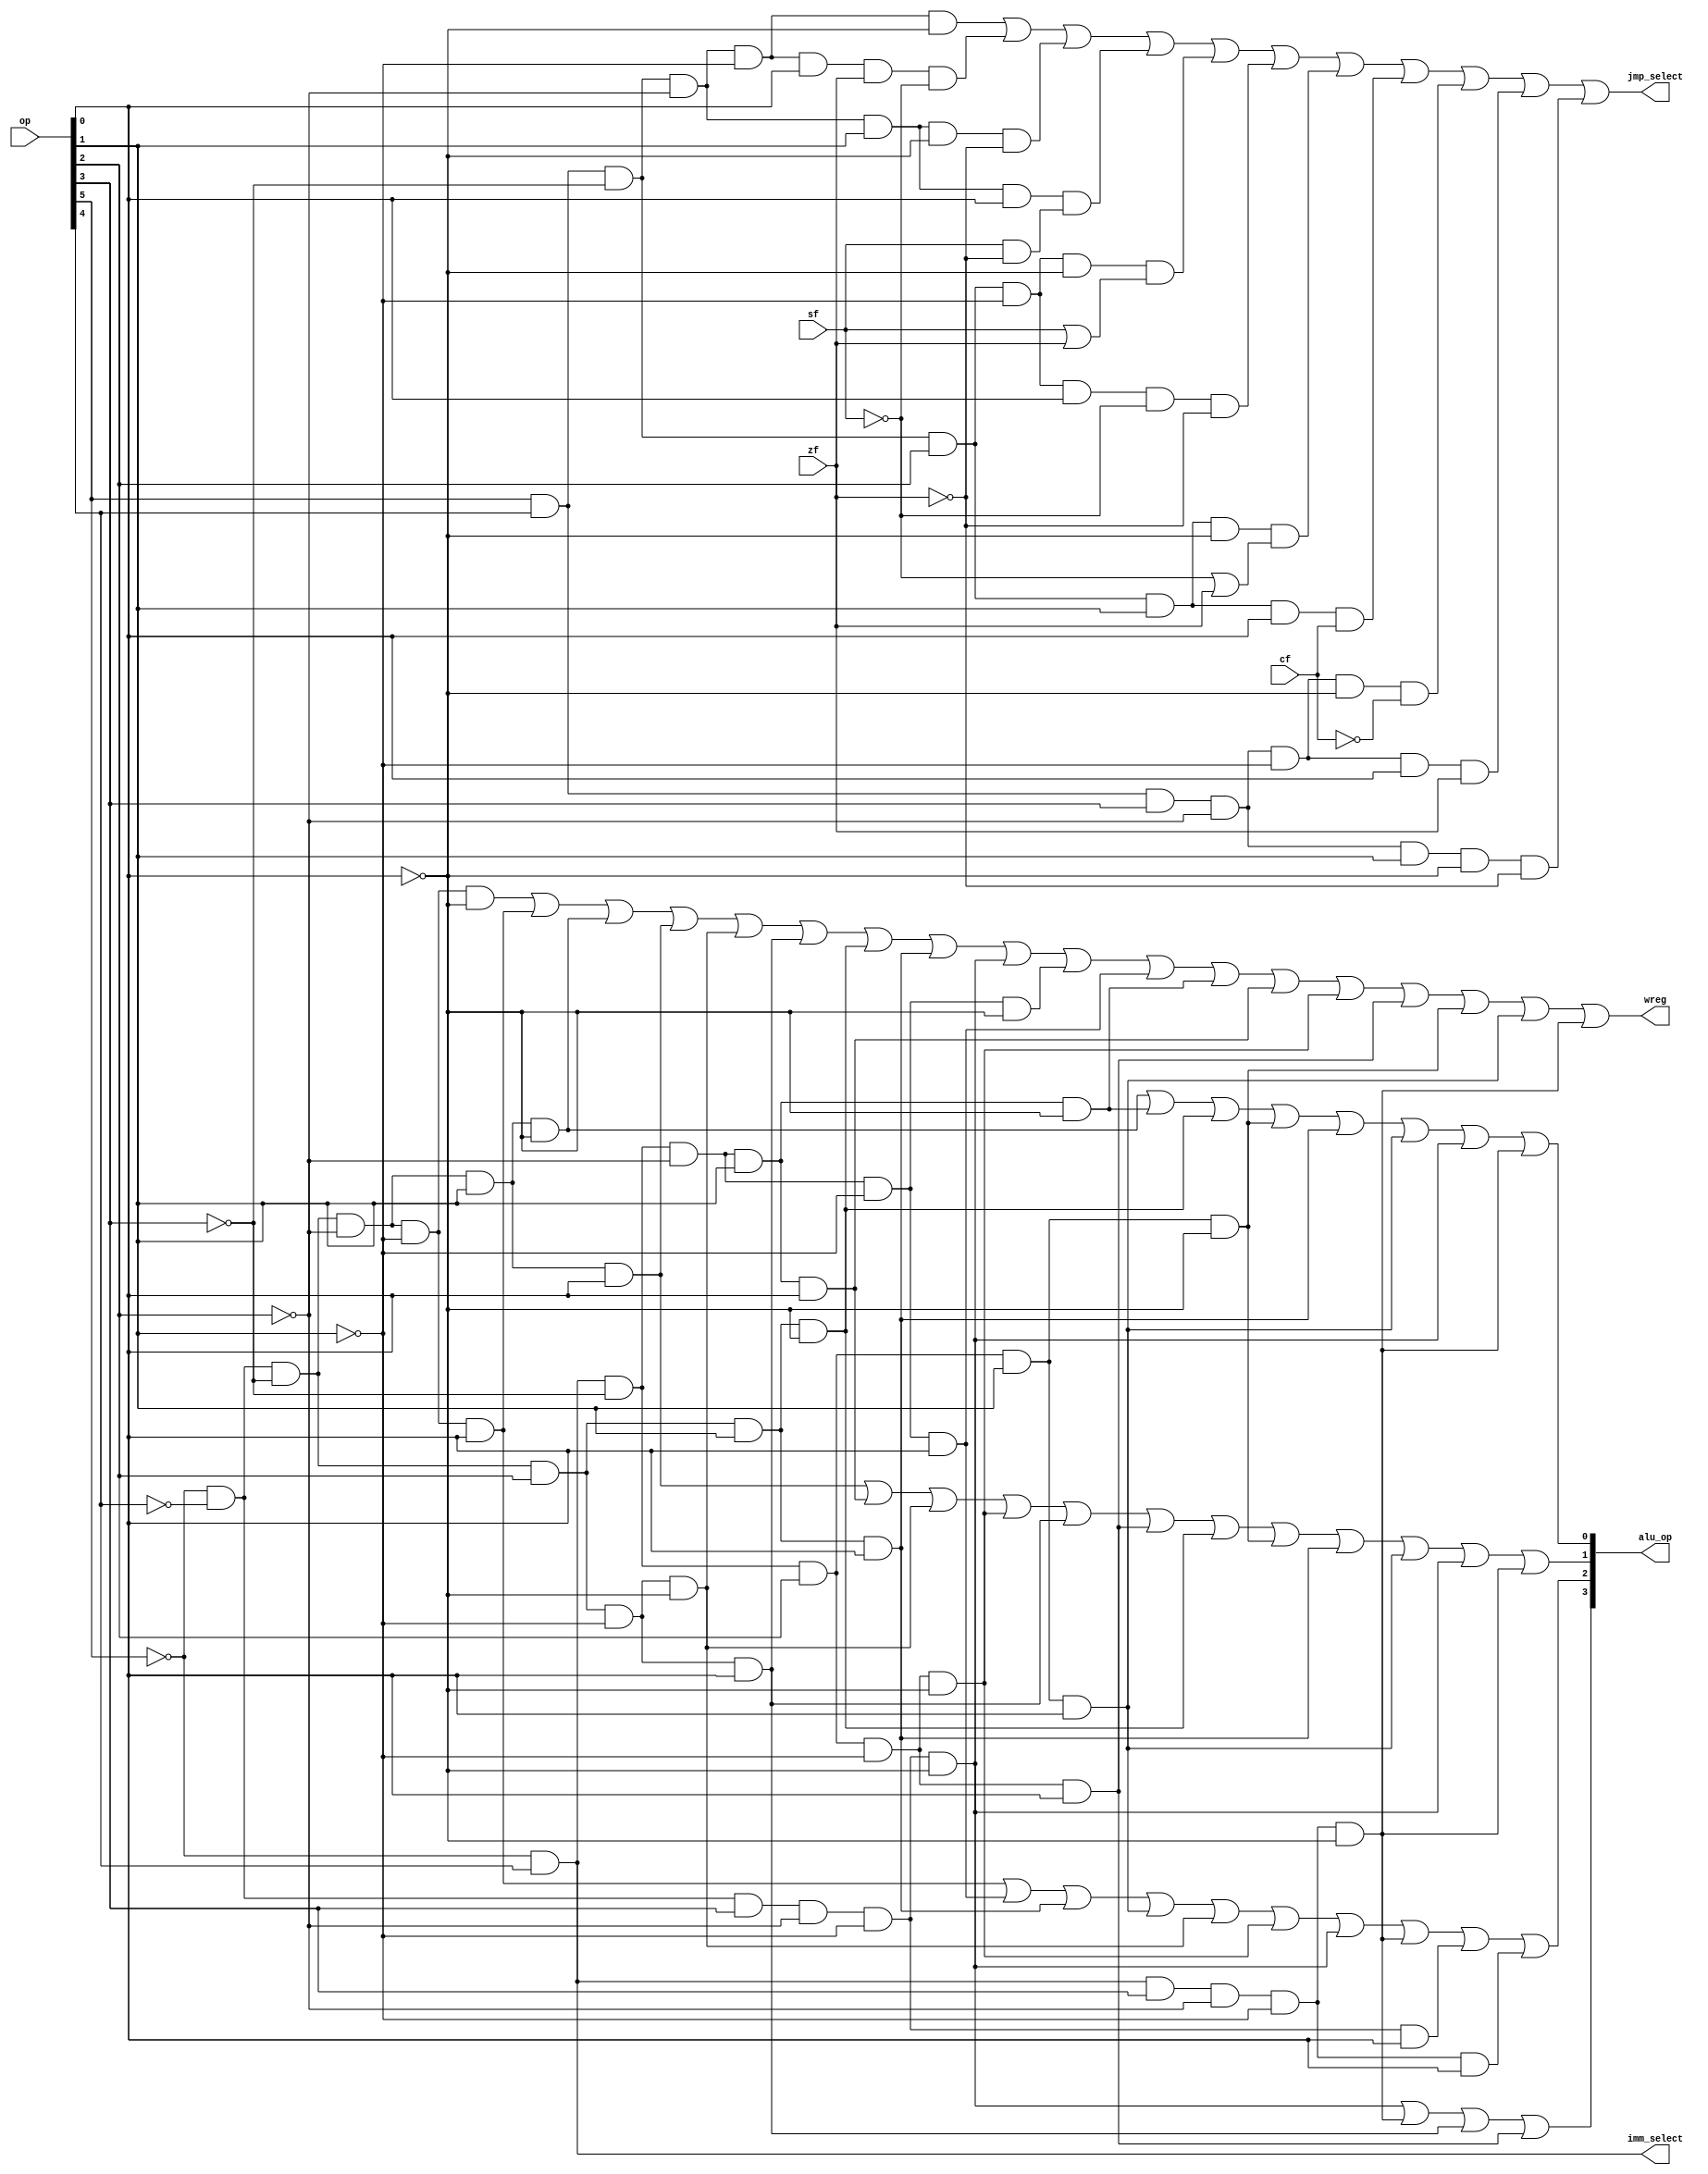

module controlunit (op,zf, sf, cf, alu_op, wreg, imm_select, jmp_select);            // control unit
	  input  [5:0] op;                          // op, func 
	  input        zf;                              // alu, zero flag
	  input        sf;                              // alu, sign flag
	  input        cf;                              // alu, carry flag
	  
	  output [3:0] alu_op;                              // alu operation control
	  output       wreg;                              	// write regfile
	  output       imm_select;                     		// immediate select
	  output       jmp_select;                     		// jump select
	  	  
	  // decode instructions
	  wire i_add  = ~op[5] & ~op[4] & ~op[3] & ~op[2] & ~op[1] & ~op[0]; //00 0000
	  wire i_sub  = ~op[5] & ~op[4] & ~op[3] & ~op[2] & ~op[1] &  op[0]; //00 0001
	  wire i_mul  = ~op[5] & ~op[4] & ~op[3] & ~op[2] &  op[1] & ~op[0]; //00 0010
	  wire i_and  = ~op[5] & ~op[4] & ~op[3] & ~op[2] &  op[1] &  op[0]; //00 0011
	  wire i_or   = ~op[5] & ~op[4] & ~op[3] &  op[2] & ~op[1] & ~op[0]; //00 0100 
	  wire i_xor  = ~op[5] & ~op[4] & ~op[3] &  op[2] & ~op[1] &  op[0]; //00 0101
	  wire i_sll  = ~op[5] & ~op[4] & ~op[3] &  op[2] &  op[1] & ~op[0]; //00 0110
	  wire i_srl  = ~op[5] & ~op[4] & ~op[3] &  op[2] &  op[1] &  op[0]; //00 0111
	  wire i_sra  = ~op[5] & ~op[4] &  op[3] & ~op[2] & ~op[1] & ~op[0]; //00 1000
	  wire i_cmp  = ~op[5] & ~op[4] &  op[3] & ~op[2] & ~op[1] &  op[0]; //00 1001
	  
	  wire i_addi  = ~op[5] &  op[4] & ~op[3] & ~op[2] & ~op[1] & ~op[0]; //01 0001
	  wire i_subi  = ~op[5] &  op[4] & ~op[3] & ~op[2] & ~op[1] &  op[0]; //01 0000
	  wire i_muli  = ~op[5] &  op[4] & ~op[3] & ~op[2] &  op[1] & ~op[0]; //01 0010
	  wire i_andi  = ~op[5] &  op[4] & ~op[3] & ~op[2] &  op[1] &  op[0]; //01 0011
	  wire i_ori   = ~op[5] &  op[4] & ~op[3] &  op[2] & ~op[1] & ~op[0]; //01 0100
	  wire i_xori  = ~op[5] &  op[4] & ~op[3] &  op[2] & ~op[1] &  op[0]; //01 0101
	  wire i_slli  = ~op[5] &  op[4] & ~op[3] &  op[2] &  op[1] & ~op[0]; //01 0110
	  wire i_srli  = ~op[5] &  op[4] & ~op[3] &  op[2] &  op[1] &  op[0]; //01 0111
	  wire i_srai  = ~op[5] &  op[4] &  op[3] & ~op[2] & ~op[1] & ~op[0]; //01 1000
	  wire i_cmpi  = ~op[5] &  op[4] &  op[3] & ~op[2] & ~op[1] &  op[0]; //01 1001
	  
	  wire i_jmp   =  op[5] &  op[4] & ~op[3] & ~op[2] & ~op[1] & ~op[0]; //11 0000
	  wire i_je    =  op[5] &  op[4] & ~op[3] & ~op[2] & ~op[1] &  op[0]; //11 0001
	  wire i_jne   =  op[5] &  op[4] & ~op[3] & ~op[2] &  op[1] & ~op[0]; //11 0010
	  wire i_jl    =  op[5] &  op[4] & ~op[3] & ~op[2] &  op[1] &  op[0]; //11 0011
	  wire i_jle   =  op[5] &  op[4] & ~op[3] &  op[2] & ~op[1] & ~op[0]; //11 0100
	  wire i_jg    =  op[5] &  op[4] & ~op[3] &  op[2] & ~op[1] &  op[0]; //11 0101
	  wire i_jge   =  op[5] &  op[4] & ~op[3] &  op[2] &  op[1] & ~op[0]; //11 0110
	  wire i_jc    =  op[5] &  op[4] & ~op[3] &  op[2] &  op[1] &  op[0]; //11 0111
	  wire i_jnc   =  op[5] &  op[4] &  op[3] & ~op[2] & ~op[1] & ~op[0]; //11 1000
	  wire i_jz    =  op[5] &  op[4] &  op[3] & ~op[2] & ~op[1] &  op[0]; //11 1001
	  wire i_jnz   =  op[5] &  op[4] &  op[3] & ~op[2] &  op[1] & ~op[0]; //11 1010
	  
	  assign wreg    = i_add  | i_sub  |  i_mul | i_and  | i_or  | i_xor  | i_sll  | i_srl  | i_sra  |
							 i_addi | i_subi |  i_muli| i_andi | i_ori | i_xori | i_slli | i_srli | i_srai;
							 
	  assign imm_select = ~op[5] &  op[4];
	  
	  assign alu_op[3] = i_sra | i_srai | i_xor | i_xori;                         

	  assign alu_op[2] = i_sub  | i_subi | i_srl  | i_srli  | i_or  | i_ori | i_sra | i_srai | i_cmp |i_cmpi;

	  assign alu_op[1] = i_and  | i_andi  | i_or  | i_ori  | i_xor | i_xori | 
							  i_sll | i_slli  | i_srl | i_srli | i_sra | i_srai;

	  assign alu_op[0] = i_mul  | i_muli | i_sll | i_slli  | i_srl | i_srli | i_sra | i_srai;
	  
	  assign jmp_select = i_jmp | (i_je & zf & ~sf) | (i_jne & ~zf) | (i_jl & (sf & ~zf)) | (i_jle & (sf | zf)) |
								 (i_jg & ~sf & ~zf) | (i_jge & (~sf | zf)) | (i_jc & cf) | (i_jnc & ~cf) |
								  (i_jz & zf) | (i_jnz & ~zf);

	  //assign shift   = i_sll  | i_srl  | i_sra;
	  //assign aluimm  = i_addi | i_andi | i_ori  | i_xori | i_lw  | i_lui | i_sw;
	  //assign sext    = i_addi | i_lw   | i_sw   | i_beq  | i_bne;
	  //assign pcsrc[1]= i_jr   | i_j    | i_jal;
	  //assign pcsrc[0]= i_beq & z | i_bne & ~z | i_j | i_jal;

	  
endmodule